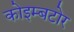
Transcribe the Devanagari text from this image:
कोइम्बटोर